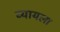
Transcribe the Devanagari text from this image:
व्यायला